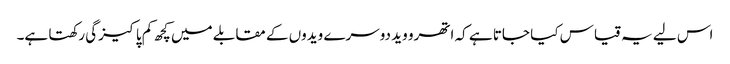
اس لیے یہ قیاس کیا جاتا ہے کہ اتھرو وید دوسرے ویدوں کے مقابلے میں کچھ کم پاکیزگی رکھتا ہے۔